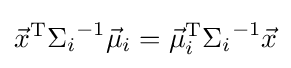
{\vec {x}}^{\mathrm {T} }{\Sigma _{i}}^{-1}{\vec {\mu }}_{i}={{\vec {\mu }}_{i}}^{\mathrm {T} }{\Sigma _{i}}^{-1}{\vec {x}}